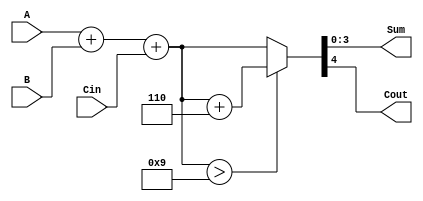
module BCD_Ripple_Carry_Adder (
    input [3:0] A,       // First BCD digit
    input [3:0] B,       // Second BCD digit
    input Cin,           // Carry input
    output [3:0] Sum,    // BCD sum output
    output Cout          // Carry output
);

    wire [4:0] temp_sum; // Temporary sum to hold 5 bits (4 for sum + 1 for carry)
    wire [4:0] corrected_sum; // Sum after BCD correction
    wire correction_needed; // Flag to indicate if correction is needed

    // Step 1: Perform binary addition of A, B, and Cin
    assign temp_sum = A + B + Cin;

    // Step 2: Check if correction is needed (if sum > 9)
    assign correction_needed = temp_sum > 9;

    // Step 3: Apply correction if needed
    assign corrected_sum = correction_needed ? (temp_sum + 5'd6) : temp_sum;

    // Step 4: Assign outputs
    assign Sum = corrected_sum[3:0]; // 4-bit BCD result
    assign Cout = corrected_sum[4];   // Carry out

endmodule